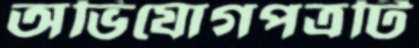
অভিযোগপত্রটি